Annual report on the Civil Veterinary Department, Burma (including the Insein Veterinary School) - 1932-1941
Year: 1932
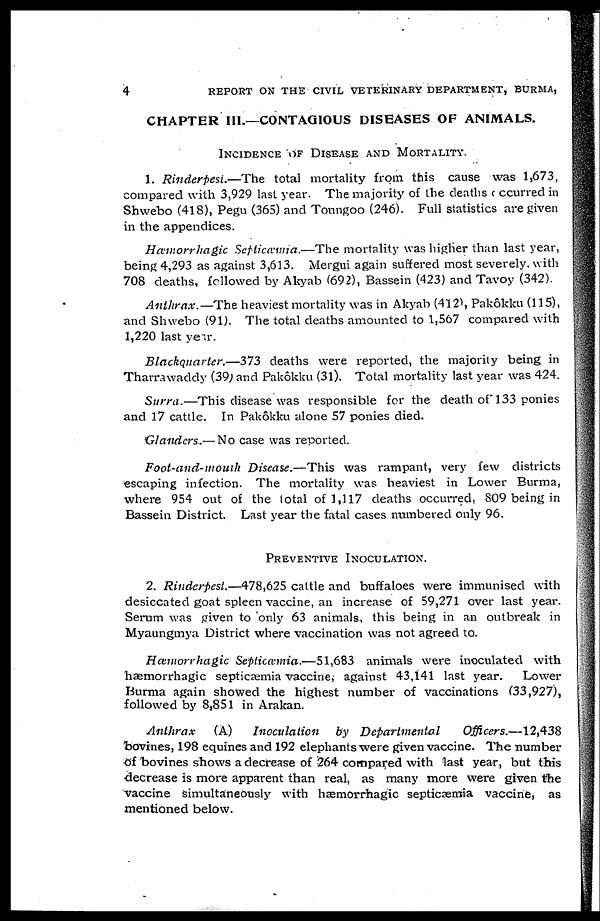
4
REPORT ON THE CIVIL VETERINARY DEPARTMENT, BURMA,
CHAPTER III.—CONTAGIOUS DISEASES OF ANIMALS.
INCIDENCE OF DISEASE AND MORTALITY.
1. Rinderpest.—The
total mortality from this cause was 1,673,
compared with 3,929 last year. The majority of the deaths occurred in
Shwebo (418), Pegu (365) and Toungoo (246). Full statistics are given
in the appendices.
Hæmorrhagic
Septicamia.—The
mortality was higher than last year,
being 4,293 as against 3,613. Mergui again suffered most severely, with
708 deaths, followed by Akyab (692), Bassein (423) and Tavoy (342).
Anthrax.—The
heaviest mortality was in Akyab (412), Pakôkku (115),
and Shwebo (91). The total deaths amounted to 1,567 compared with
1,220 last year.
Blackquarter.—373
deaths were reported, the majority being in
Tharrawaddy (39) and Pakôkku (31). Total mortality last year was 424.
Surra.—This
disease was responsible for the death of 133 ponies
and 17 cattle. In Pakôkku alone 57 ponies died.
Glanders.— No case was reported.
Foot-and-mouth
Disease.—This
was rampant, very few districts
escaping infection. The mortality was heaviest in Lower Burma,
where 954 out of the total of 1,117 deaths occurred, S09 being in
Bassein District. Last year the fatal cases numbered only 96.
PREVENTIVE INOCULATION.
2. Rinderpest.—478,625
cattle and buffaloes were immunised with
desiccated goat spleen vaccine, an increase of 59,271 over last year.
Serum was given to only 63 animals, this being in an outbreak in
Myaungmya District where vaccination was not agreed to.
Hæmorrhagic
Septicæmia.—51,683
animals were inoculated with
hæmorrhagic septicaemia vaccine, against 43,141 last year.
Lower
Burma again showed the highest number of vaccinations (33,927),
followed by 8,851 in Arakan.
Anthrax
(A)
Inoculation
by Departmental
Officers.—12,438
bovines, 198 equines and 192 elephants were given vaccine. The number
of bovines shows a decrease of 264 compared with last year, but this
decrease is more apparent than real, as many more were given the
vaccine simultaneously with hæmorrhagic septicæmia vaccine, as
mentioned below.